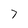
Character: 7